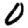
Digit: 0